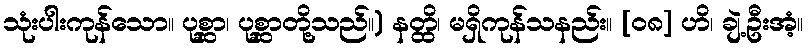
သုံးပါးကုန်သော။ ပုစ္ဆာ၊ ပုစ္ဆာတို့သည်။) နတ္ထိ၊ မရှိကုန်သနည်း။ [၀၈] ဟိ၊ ချဲ့ဦးအံ့။